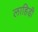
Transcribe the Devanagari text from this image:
लाहिडी़